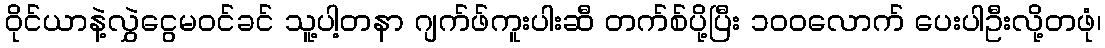
ဝိုင်ယာနဲ့လွှဲငွေမဝင်ခင် သူ့ပါ့တနာ ဂျက်ဖ်ကူးပါးဆီ တက်စ်ပို့ပြီး ၁၀၀လောက် ပေးပါဦးလို့တဖုံ၊